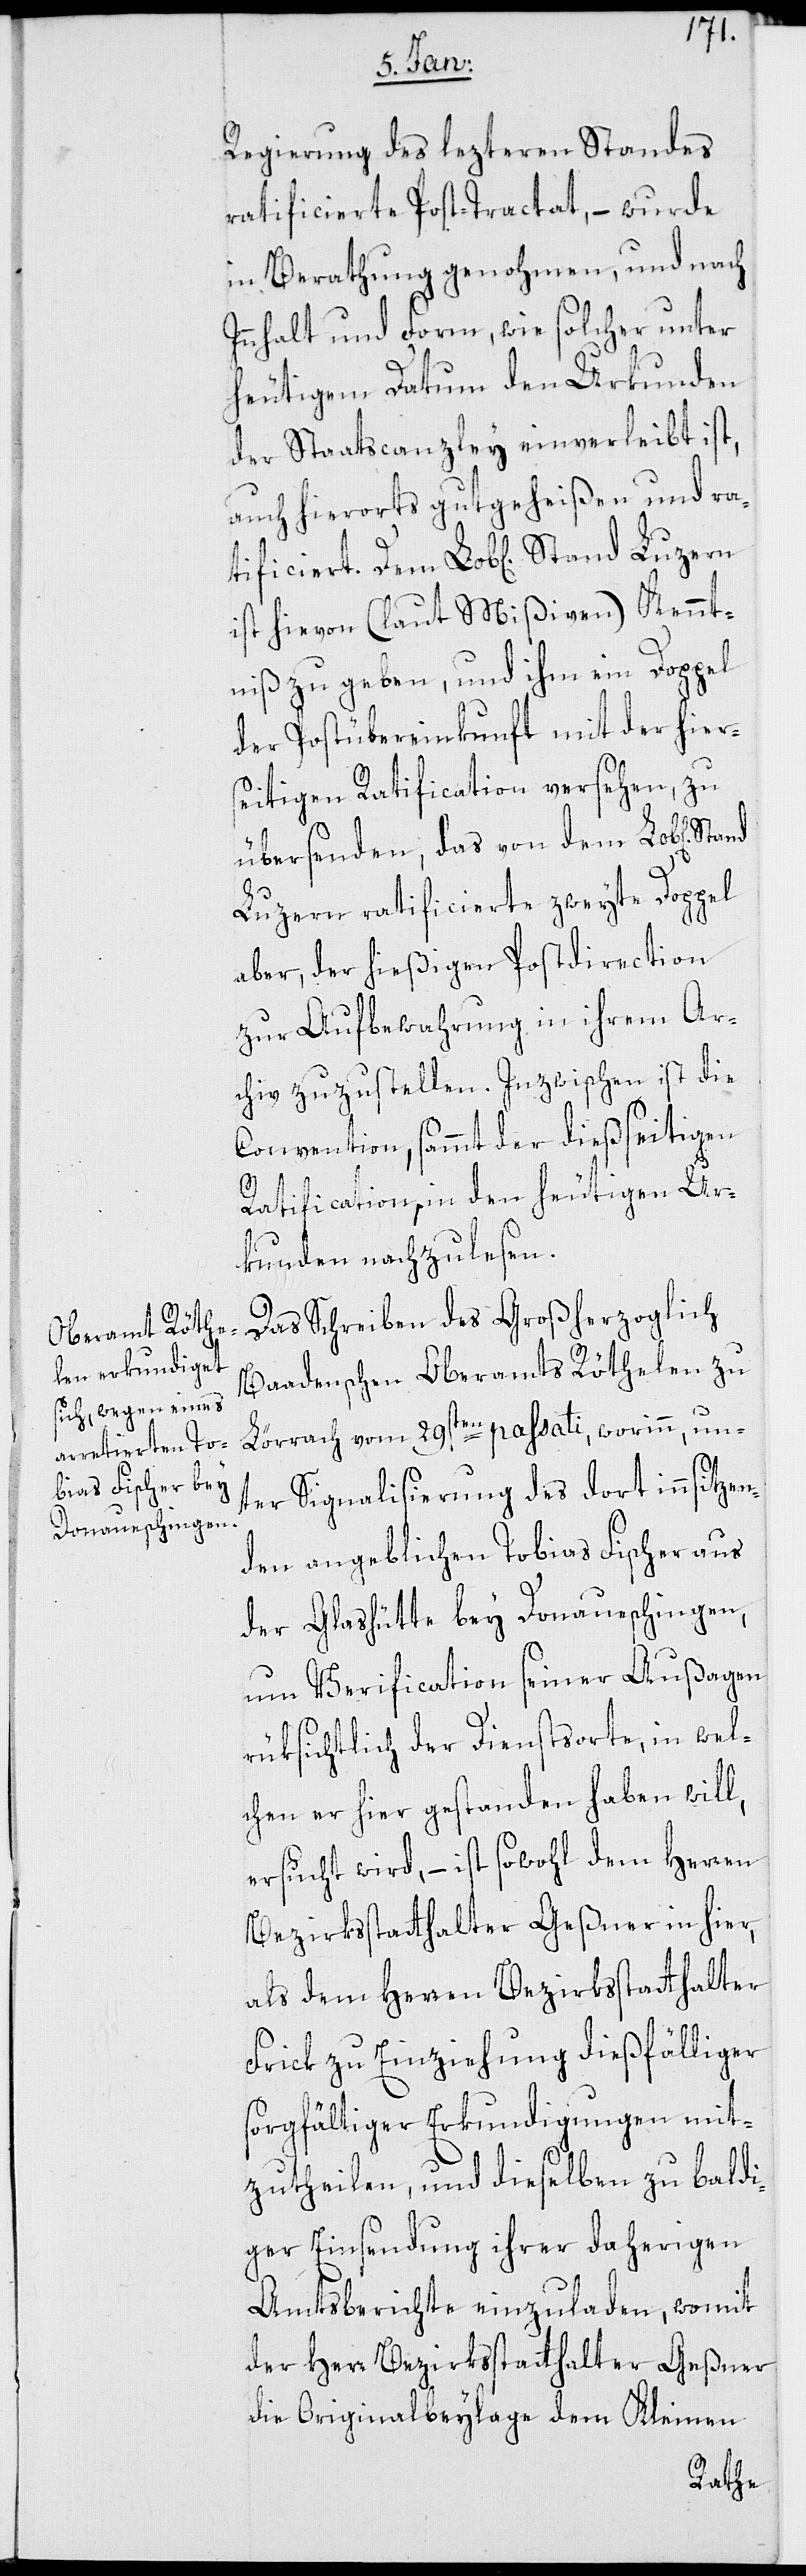
Regierung des lezteren Standes
ratificierte Post-Tractat, – wurde
in Beathung genohmen, und nach
Innhalt und Form, wie solcher unter
heutigem Datum den Urkunden
der Staatscanzley einverleibt ist,
auch hierorts gutgeheißen und ra¬
tificiert. Dem Lob[lichen] Stand
ist hievon (laut Mißiven) Kennt¬
niß zu geben, und ihm ein Doppel
der Postübereinkunft mit der hier¬
seitigen Ratification versehen, zu
übersenden, das von dem Lob[lichen]
Luzern ratificierte zweyte Doppel
aber, der hießigen Postdirection
zur Aufbewahrung in ihrem Ar¬
chiv zuzustellen. Inzwischen ist die
Convention, sammt der dießseitigen
Ratification, in den heutigen Ur¬
kunden nachzulesen.
Das Schreiben des Großherzoglic¬
h-Baadenschen Oberamts Röthelen zu
Lörrach vom 29sten passati, worinn, un¬
ter Signalisierung des dort innsitzen¬
den angeblichen Tobias Fischer aus
der Glashütte bey Donaueschingen,
um Verification seiner Außagen
rüksichtlich der Dienstorte, in wel¬
chen er hier gestanden haben will,
ersucht wird, – ist sowohl dem Herren
Bezirksstatthalter Geßner in hier,
als dem Herren Bezirksstatthalter
Frick zu Einziehung dießfälliger
sorgfältiger Erkundigungen mit¬
zutheilen, und dieselben zu baldi¬
ger Einsendung ihrer daherigen
Amtsberichte einzuladen, womit
der Herr Bezirksstatthalter Geßner
die Originalbeylage dem Kleinen